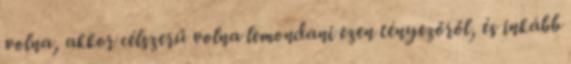
volna, akkor célszerű volna lemondani ezen tényezőről, és inkább